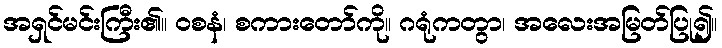
အရှင်မင်းကြီး၏။ ဝစနံ၊ စကားတော်ကို။ ဂရုံကတွာ၊ အလေးအမြတ်ပြု၍။